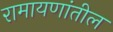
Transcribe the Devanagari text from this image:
रामायणांतील